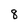
Character: 8